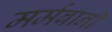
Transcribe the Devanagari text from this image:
मर्मबानी